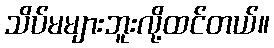
သိပ်မများဘူးလို့ထင်တယ်။